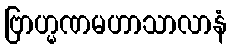
ဗြာဟ္မဏမဟာသာလာနံ